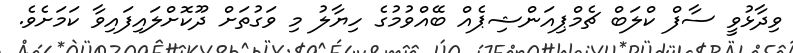
ވިދާޅުވީ ސާފް ކްލަބް ޗެމްޕިއަންޝިޕެއް ބޭއްވުމުގެ ހިޔާލު މި ވަގުތަށް ދޫކޮށްލައިފައިވާ ކަމަށެވެ.